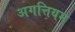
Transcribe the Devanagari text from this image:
अगत्तियम